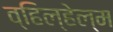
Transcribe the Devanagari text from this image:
व्हिल्हेल्म